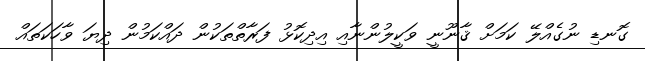
ގޮނޑި ނުގެއްލޭ ކަމަށް ޤާނޫނީ ވަކީލުންނާއި އިދިކޮޅު ފަރާތްތަކުން ދައްކަމުން ދިޔަ ވާހަކަތައް